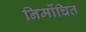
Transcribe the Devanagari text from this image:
निर्मोचित